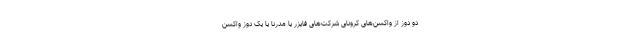
دو دوز از واکسن‌های کرونای شرکت‌های فایزر یا مدرنا یا یک دوز واکسن